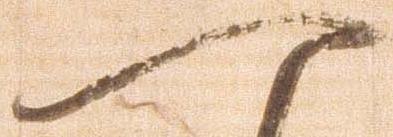
一